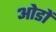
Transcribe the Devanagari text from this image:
ओडों